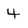
Character: 4